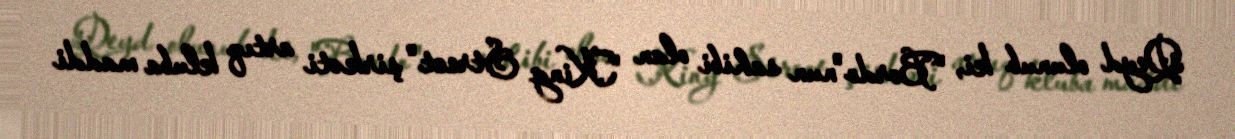
Qeyd olunub ki, "Bordo"nun sahibi olan "King Street" şirkəti artıq kluba maddi